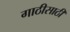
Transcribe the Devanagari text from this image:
गाठीसाठी